Theory and practice of anti-rabic immunisation - Number 30
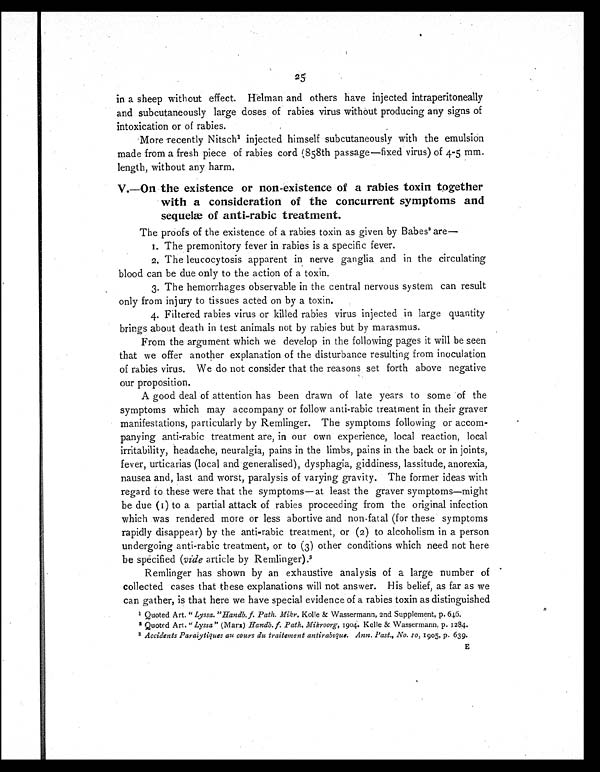
25
in a sheep without effect. Helman and others have injected intraperitoneally
and subcutaneously large doses of rabies virus without producing any signs of
intoxication or of rabies.
More recently Nitsch1injected himself subcutaneously with the emulsion
made from a fresh piece of rabies cord (858th passage—fixed virus) of 4-5 mm.
length, without any harm.
V.—On the existence or non-existence of a rabies toxin together
with a consideration of the concurrent symptoms and
sequelæ of anti-rabic treatment.
The proofs of the existence of a rabies toxin as given by Babes2 are—
1. The premonitory fever in rabies is a specific fever.
2.The leucocytosis apparent in nerve ganglia and in the circulating
blood can be due only to the action of a toxin.
3.The hemorrhages observable in the central nervous system can result
only from injury to tissues acted on by a toxin.
4. Filtered rabies virus or killed rabies virus injected in large quantity
brings about death in test animals not by rabies but by marasmus.
From the argument which we develop in the following pages it will be seen
that we offer another explanation of the disturbance resulting from inoculation
of rabies virus. We do not consider that the reasons set forth above negative
our proposition.
A good deal of attention has been drawn of late years to some of the
symptoms which may accompany or follow anti-rabic treatment in their graver
manifestations, particularly by Remlinger. The symptoms following or accom-
panying anti-rabic treatment are, in our own experience, local reaction, local
irritability, headache, neuralgia, pains in the limbs, pains in the back or in joints,
fever, urticarias (local and generalised), dysphagia, giddiness, lassitude, anorexia,
nausea and, last and worst, paralysis of varying gravity. The former ideas with
regard to these were that the symptoms—at least the graver symptoms—might
be due (1) to a partial attack of rabies proceeding from the original infection
which was rendered more or less abortive and non-fatal (for these symptoms
rapidly disappear) by the anti-rabic treatment, or (2) to alcoholism in a person
undergoing anti-rabic treatment, or to (3) other conditions which need not here
be specified (vide article by Remlinger). 3
Remlinger has shown by an exhaustive analysis of a large number of
collected cases that these explanations will not answer. His belief, as far as we
can gather, is that here we have special evidence of a rabies toxin as distinguished
1 Quoted Art. "Lyssa." Handb. f. Path. Mikr.K o l l e & W a s s e r m a n n , 2 n d S u p p l e m e n t , p . 6 4 6 .
2 Quoted Art. "Lyssa" (Marx) Handb. f. Path. Mikroorg, 1904. Kolle & Wassermann, p. 1284.
3 Accidents Paraiytiques au cours du traitement antirabique. Ann. Past., No. 10, 1905, p. 639.
E